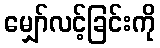
မျှော်လင့်ခြင်းကို